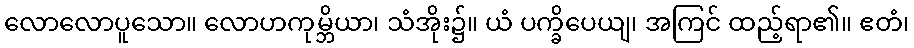
လောလောပူသော။ လောဟကုမ္ဘိယာ၊ သံအိုး၌။ ယံ ပက္ခိပေယျ၊ အကြင် ထည့်ရာ၏။ ဧတံ၊